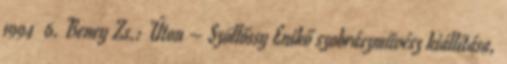
1994 6. Beney Zs.: Úton – Szöllőssy Enikő szobrászművész kiállítása,